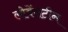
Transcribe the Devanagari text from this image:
लोवेंसटीन